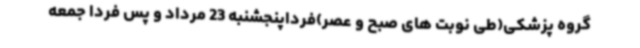
گروه پزشکی(طی نوبت های صبح و عصر)فرداپنجشنبه 23 مرداد و پس فردا جمعه